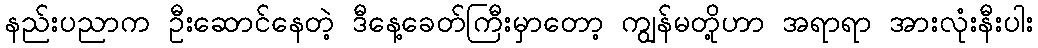
နည်းပညာက ဦးဆောင်နေတဲ့ ဒီနေ့ခေတ်ကြီးမှာတော့ ကျွန်မတို့ဟာ အရာရာ အားလုံးနီးပါး